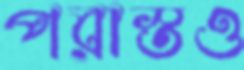
পরাস্তও